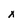
Character: x